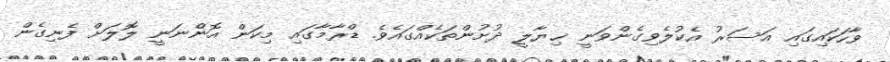
ވާހަކައިގައި އަސަރު އެކުލެވިގެންވަނީ ޚިޔާލީ ދުށުންތަކެއްގައެވެ. ޑްރާމާގައި މިކަން އޮންނަނީ ލޮލަށް ފެނިގެން